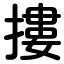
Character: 摟